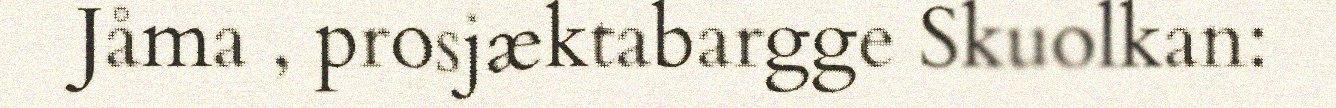
Jåma , prosjæktabargge Skuolkan: